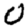
Digit: 0